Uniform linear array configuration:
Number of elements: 48
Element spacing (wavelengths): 0.75
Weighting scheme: binomial
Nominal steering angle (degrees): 30
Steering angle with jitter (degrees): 29.573
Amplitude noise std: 0.05
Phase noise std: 0.05

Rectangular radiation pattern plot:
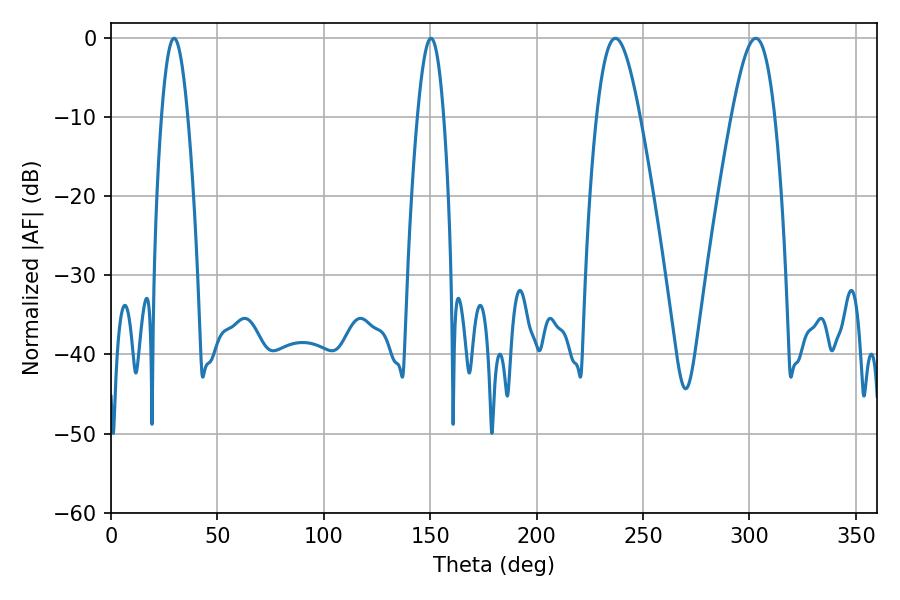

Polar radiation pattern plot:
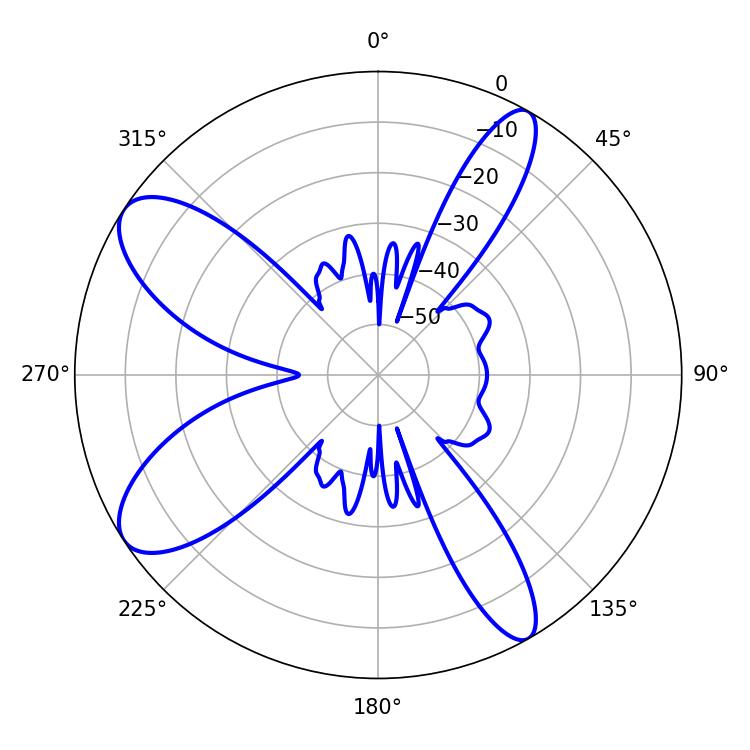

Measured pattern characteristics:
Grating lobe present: TRUE
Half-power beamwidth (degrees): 10.8
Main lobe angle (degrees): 237.06